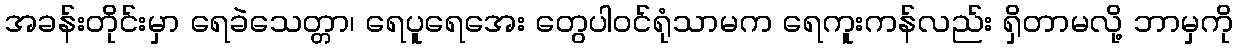
အခန်းတိုင်းမှာ ရေခဲသေတ္တာ၊ ရေပူရေအေး တွေပါ၀င်ရုံသာမက ရေကူးကန်လည်း ရှိတာမလို့ ဘာမှကို